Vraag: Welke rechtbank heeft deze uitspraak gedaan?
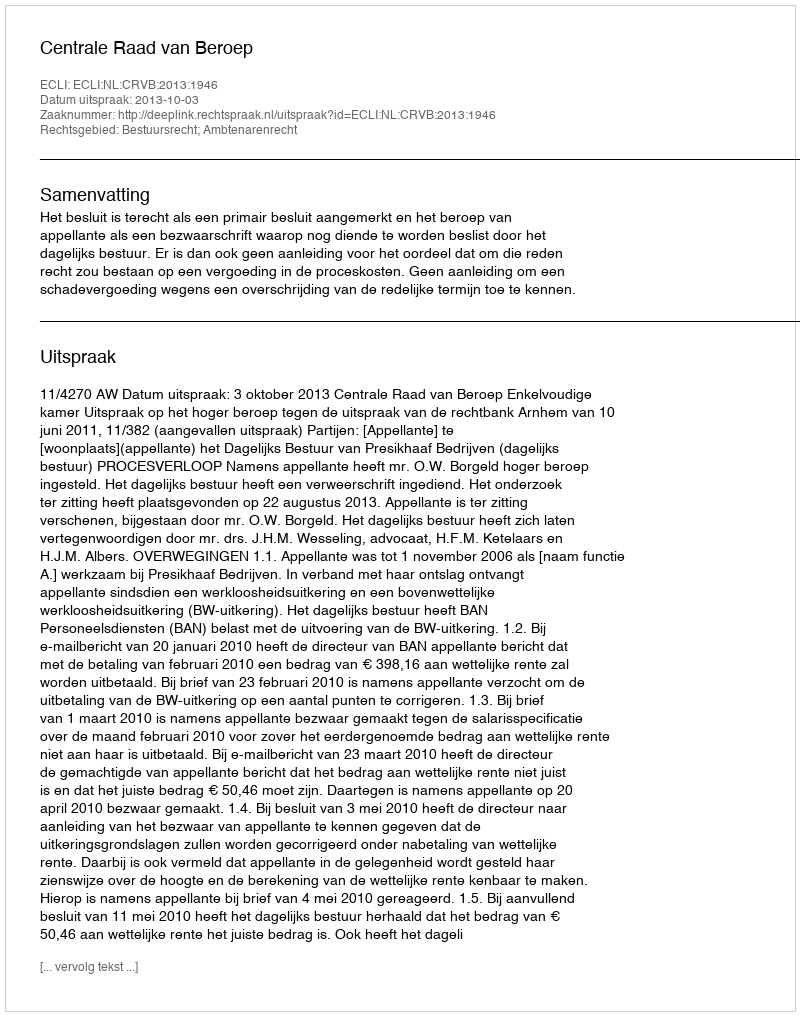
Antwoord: Centrale Raad van Beroep